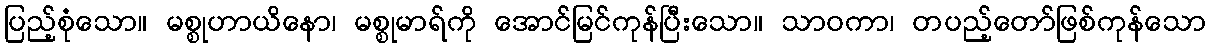
ပြည့်စုံသော။ မစ္စုဟာယိနော၊ မစ္စုမာရ်ကို အောင်မြင်ကုန်ပြီးသော။ သာဝကာ၊ တပည့်တော်ဖြစ်ကုန်သော